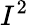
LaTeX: I^{2}